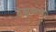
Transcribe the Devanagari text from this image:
दंडावरच्या